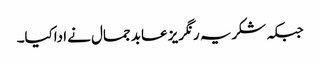
جبکہ شکریہ رنگریز عابد جمال نے اداکیا۔